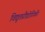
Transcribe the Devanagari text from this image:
विद्युतप्रौद्योगिकी